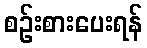
စဉ်းစားပေးရန်